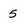
Character: 5